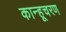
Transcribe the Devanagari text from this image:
कान्हूचरण